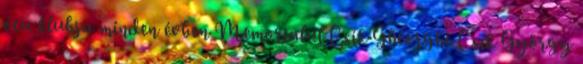
óta klubja minden évben Memorialul Csík Gheorghe Csík György